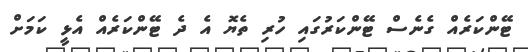
ޓޭންކަރެއް ގެނެސް ޓޭންކަރުގައި ހުރި ތެޔޮ އެ ދެ ޓޭންކަރެއް އެޅީ ކަމަށް